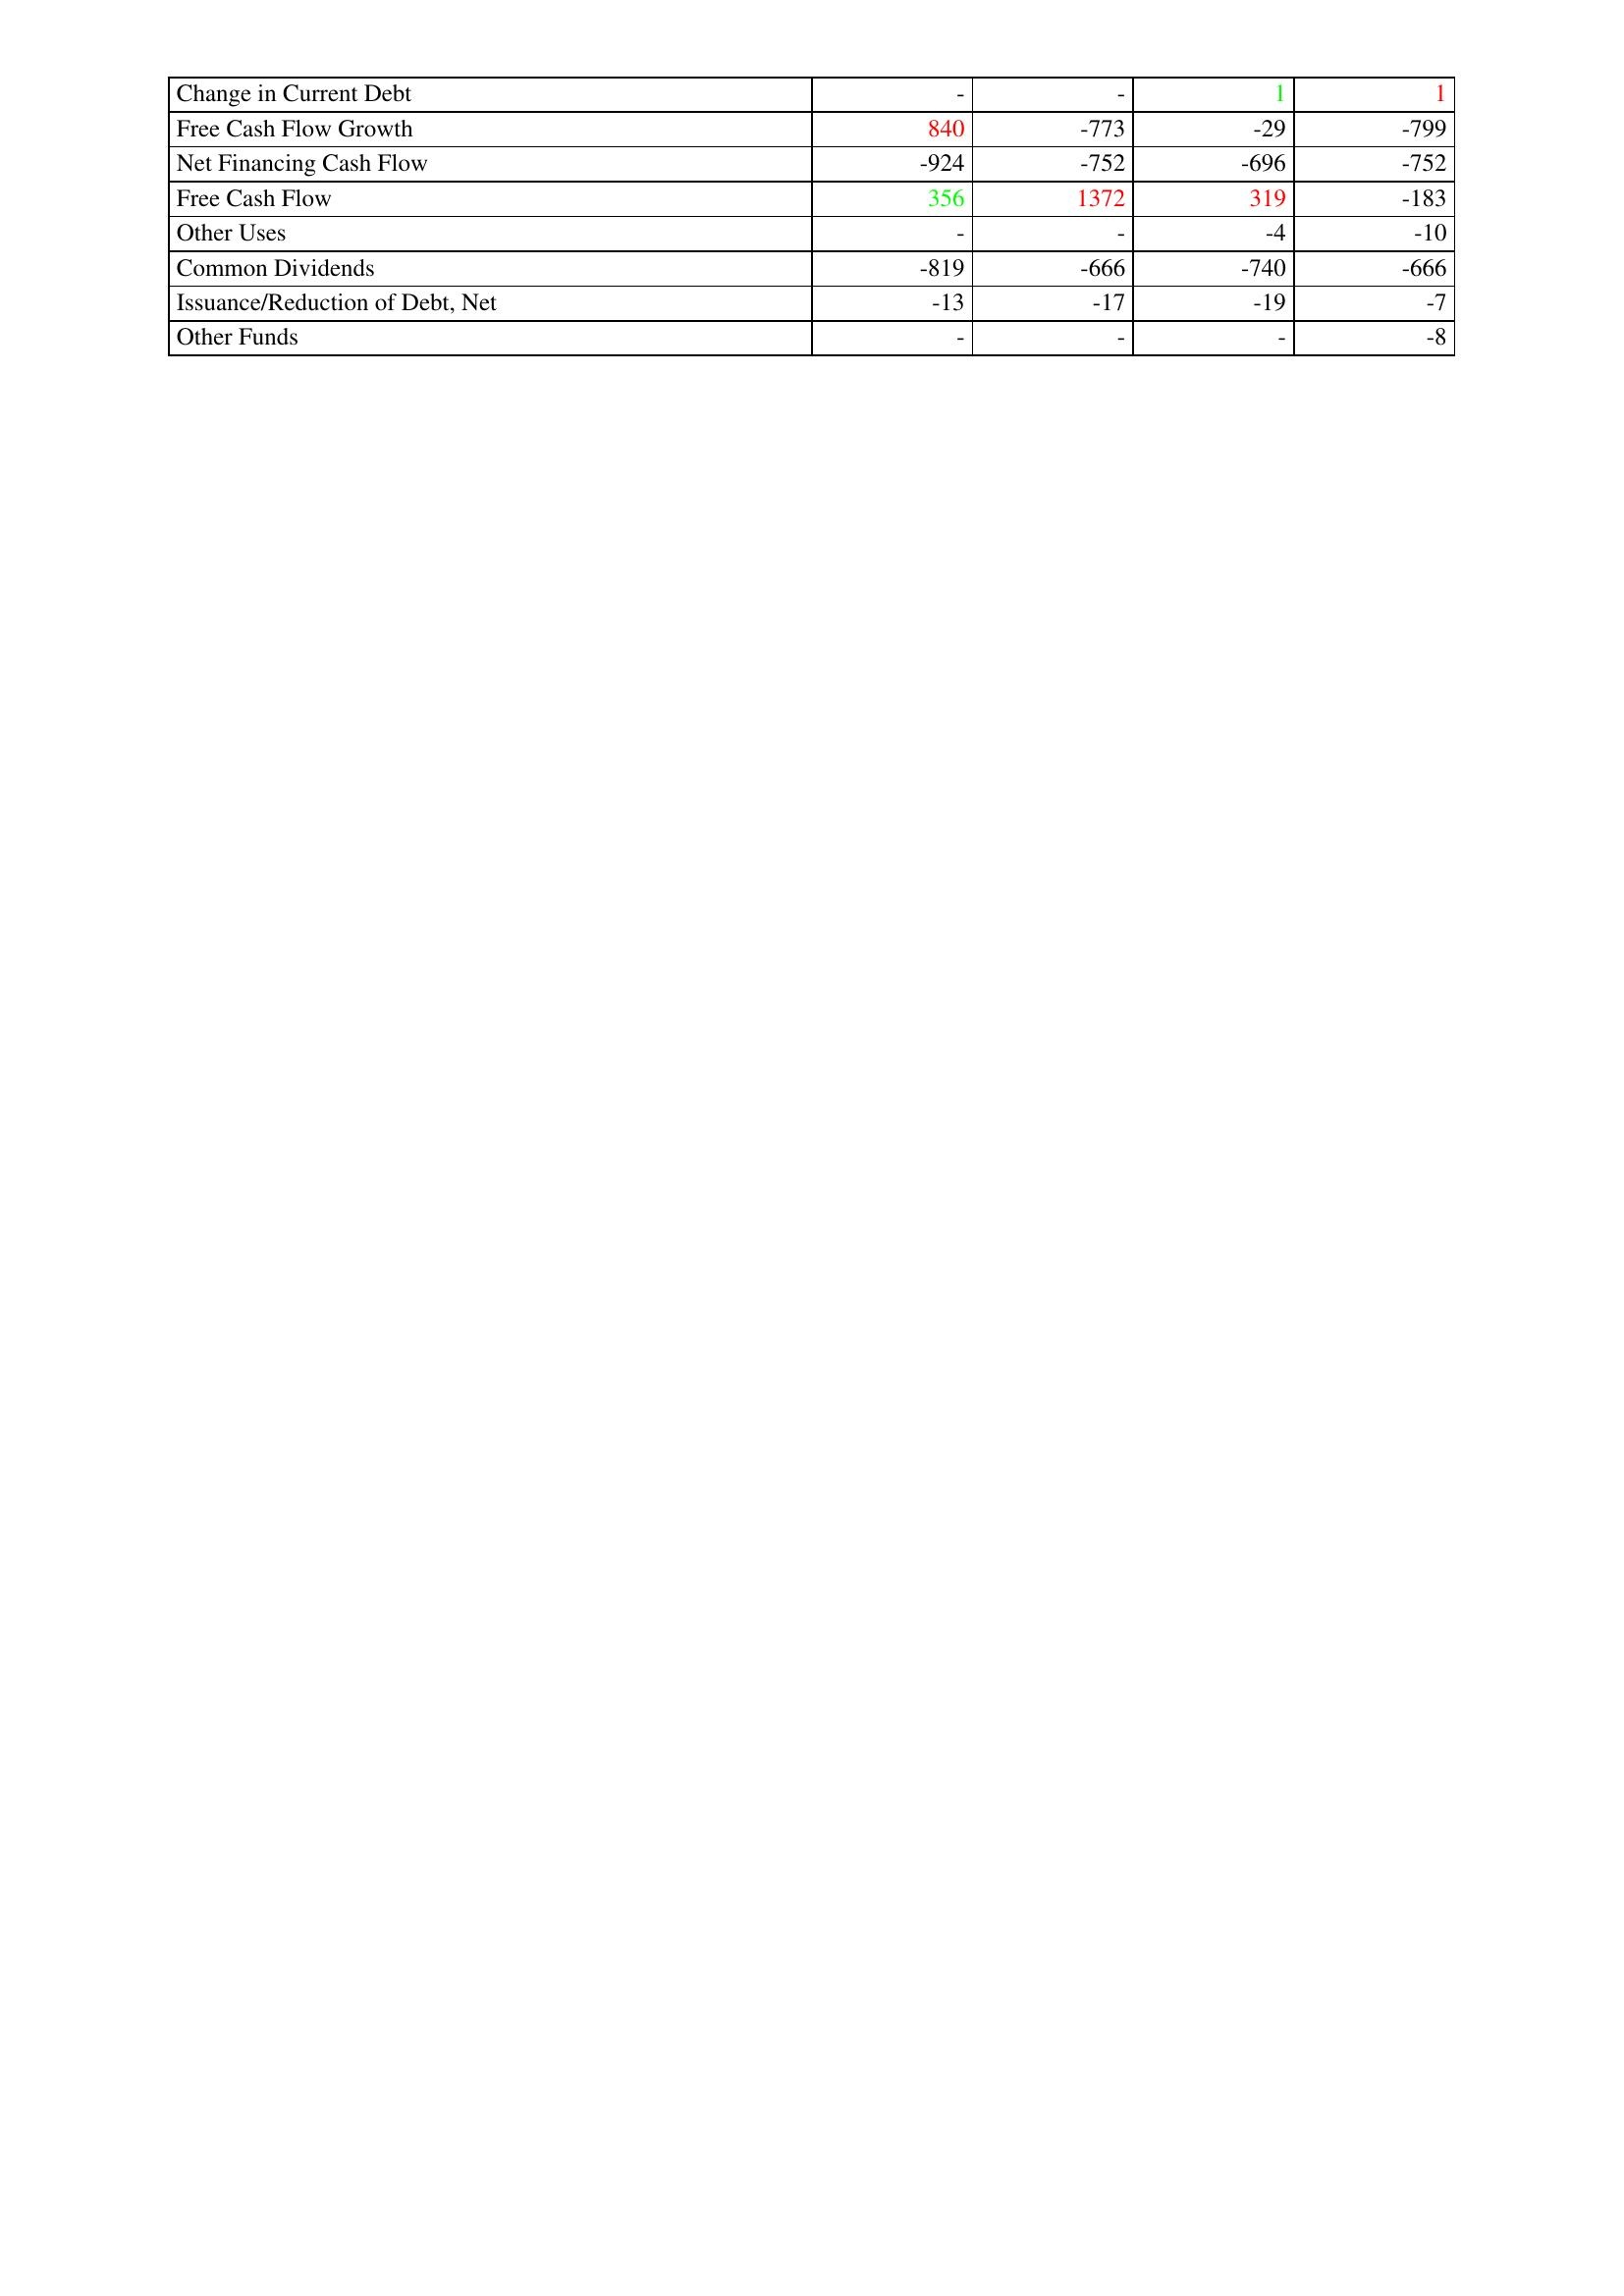
gt_parse: 2019: Financing Activities: Change in Current Debt: -
Free Cash Flow Growth: 840
Net Financing Cash Flow: -924
Free Cash Flow: 356
Other Uses: -
Common Dividends: -819
Issuance/Reduction of Debt, Net: -13
Other Funds: -
2018: Financing Activities: Change in Current Debt: -
Free Cash Flow Growth: -773
Net Financing Cash Flow: -752
Free Cash Flow: 1372
Other Uses: -
Common Dividends: -666
Issuance/Reduction of Debt, Net: -17
Other Funds: -
2017: Financing Activities: Change in Current Debt: 1
Free Cash Flow Growth: -29
Net Financing Cash Flow: -696
Free Cash Flow: 319
Other Uses: -4
Common Dividends: -740
Issuance/Reduction of Debt, Net: -19
Other Funds: -
2016: Financing Activities: Change in Current Debt: 1
Free Cash Flow Growth: -799
Net Financing Cash Flow: -752
Free Cash Flow: -183
Other Uses: -10
Common Dividends: -666
Issuance/Reduction of Debt, Net: -7
Other Funds: -8